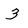
Character: 3